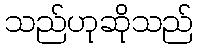
သည်ဟုဆိုသည်